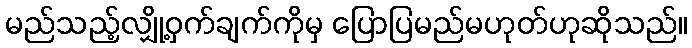
မည်သည့်လျှို့ဝှက်ချက်ကိုမှ ပြောပြမည်မဟုတ်ဟုဆိုသည်။